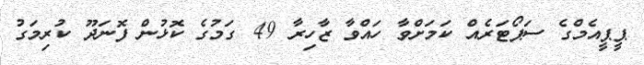
ޕީޕީއެމްގެ ސަޕޯޓަރެއް ކަމަށްވާ ހައްވާ ޒާހިރާ 49 ގަމުގެ ކޮޅުން ފޮނަދޫ ކުރިމަގު